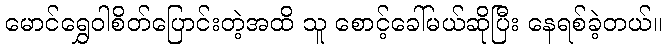
မောင်ရွှေဝါစိတ်ပြောင်းတဲ့အထိ သူ စောင့်ခေါ်မယ်ဆိုပြီး နေရစ်ခဲ့တယ်။